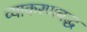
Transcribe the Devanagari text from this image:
व्याकरणबद्ध